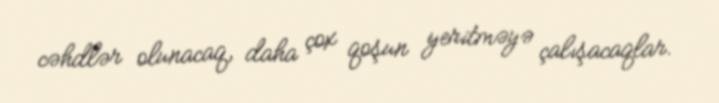
cəhdlər olunacaq, daha çox qoşun yeritməyə çalışacaqlar.